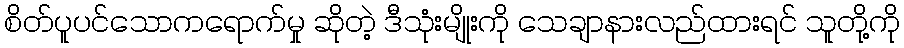
စိတ်ပူပင်သောကရောက်မှု ဆိုတဲ့ ဒီသုံးမျိုးကို သေချာနားလည်ထားရင် သူတို့ကို